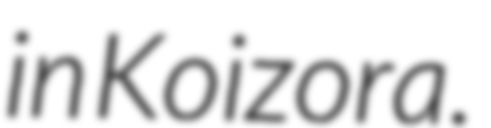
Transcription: in Koizora.